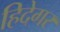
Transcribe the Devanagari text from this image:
हिदेगर